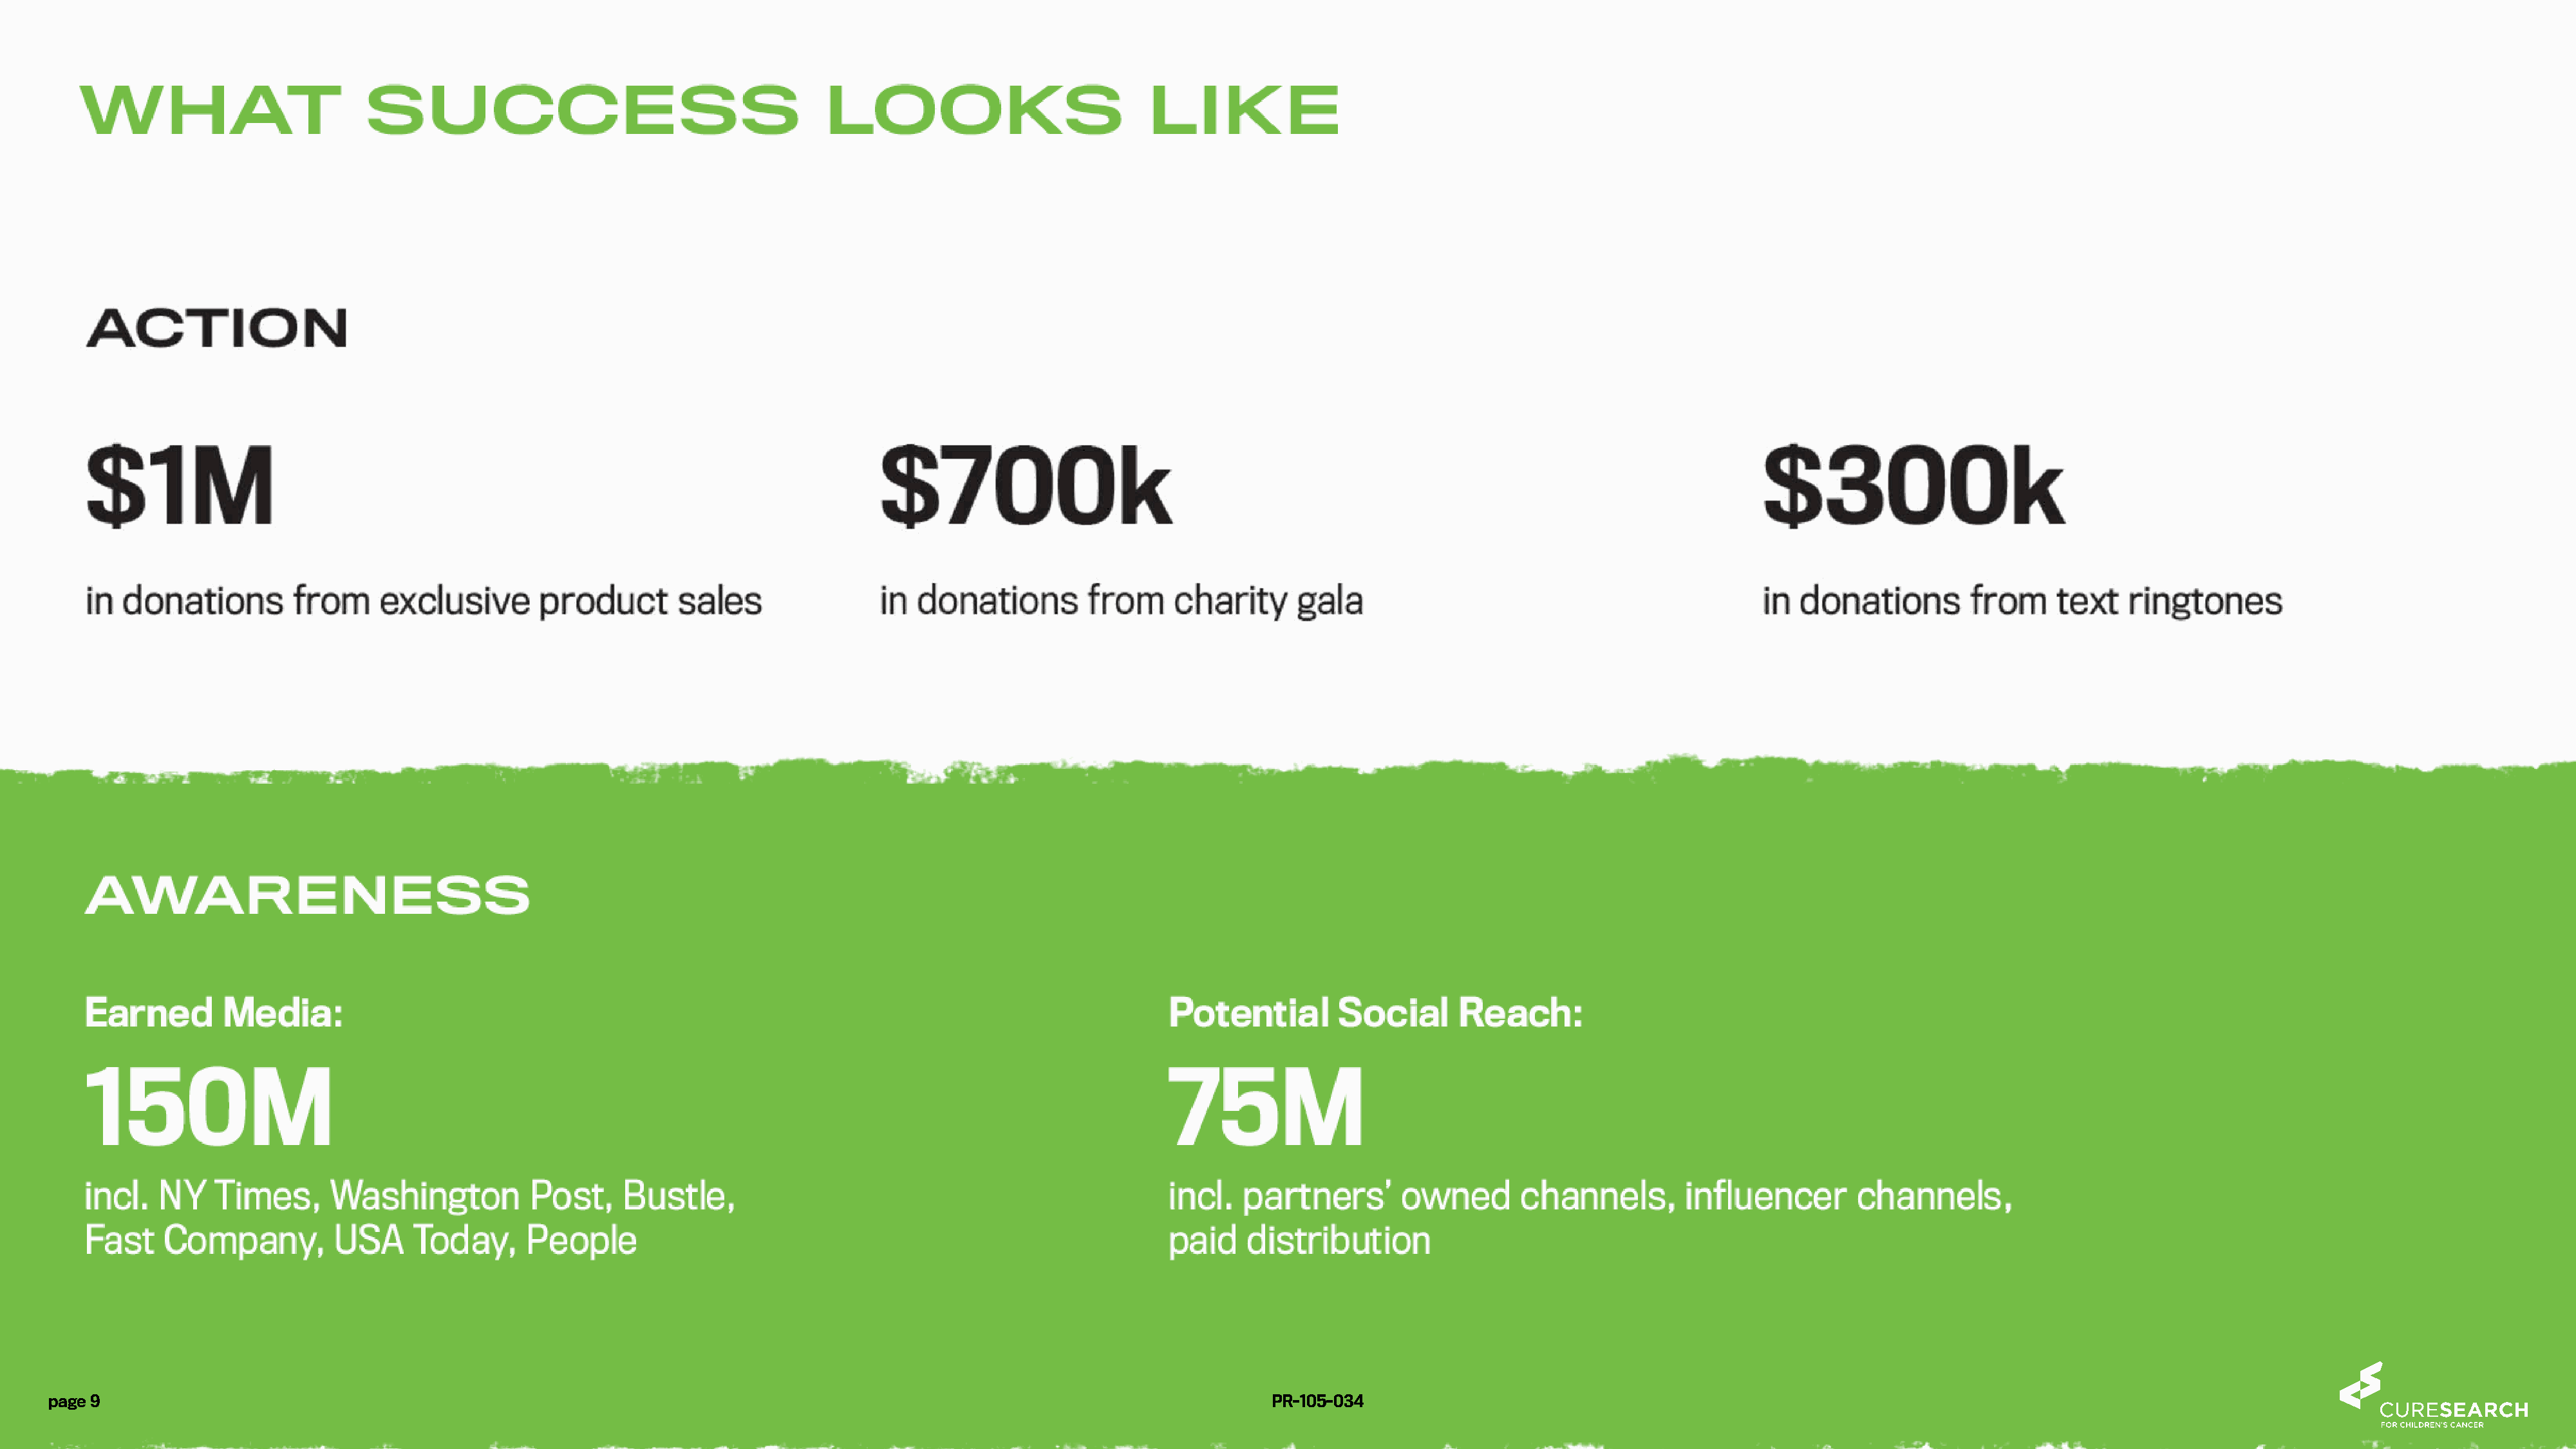
page 9                                                                                                                        PR-105-034